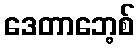
ဒေတာဘေ့စ်